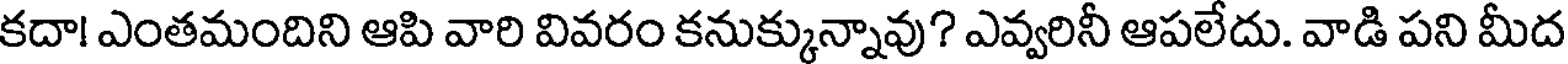
కదా! ఎంతమందిని ఆపి వారి వివరం కనుక్కున్నావు? ఎవ్వరినీ ఆపలేదు. వాడి పని మీద